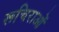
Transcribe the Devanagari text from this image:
रूचिराओं